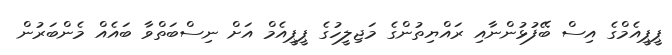
ޕީޕީއެމްގެ އިސް ބޭފުޅުންނާއި ރައްޔިތުންގެ މަޖިލީހުގެ ޕީޕީއެމް އަށް ނިސްބަތްވާ ބައެއް މެންބަރުން